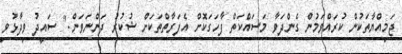
ޖަމިއްޔާތަކުން ކުރައްވަމުން ގެންދަވާ މަސައްކަތް ފާހަގަކޮށް އެފަރާތްތަކަށް ޝުކުރު ދަންނަވަން." ސައީދު ވިދާޅުވި